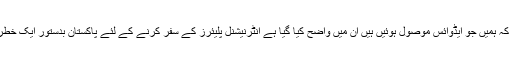
فیفا کا کہنا ہے کہ ہمیں جو ایڈوائس موصول ہوئیں ہیں ان میں واضح کیا گیا ہے انٹرنیشنل پلیئرز کے سفر کرنے کے لئے پاکستان بدستور ایک خطرناک ملک ہے۔